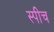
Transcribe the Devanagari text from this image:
स्‍पीच